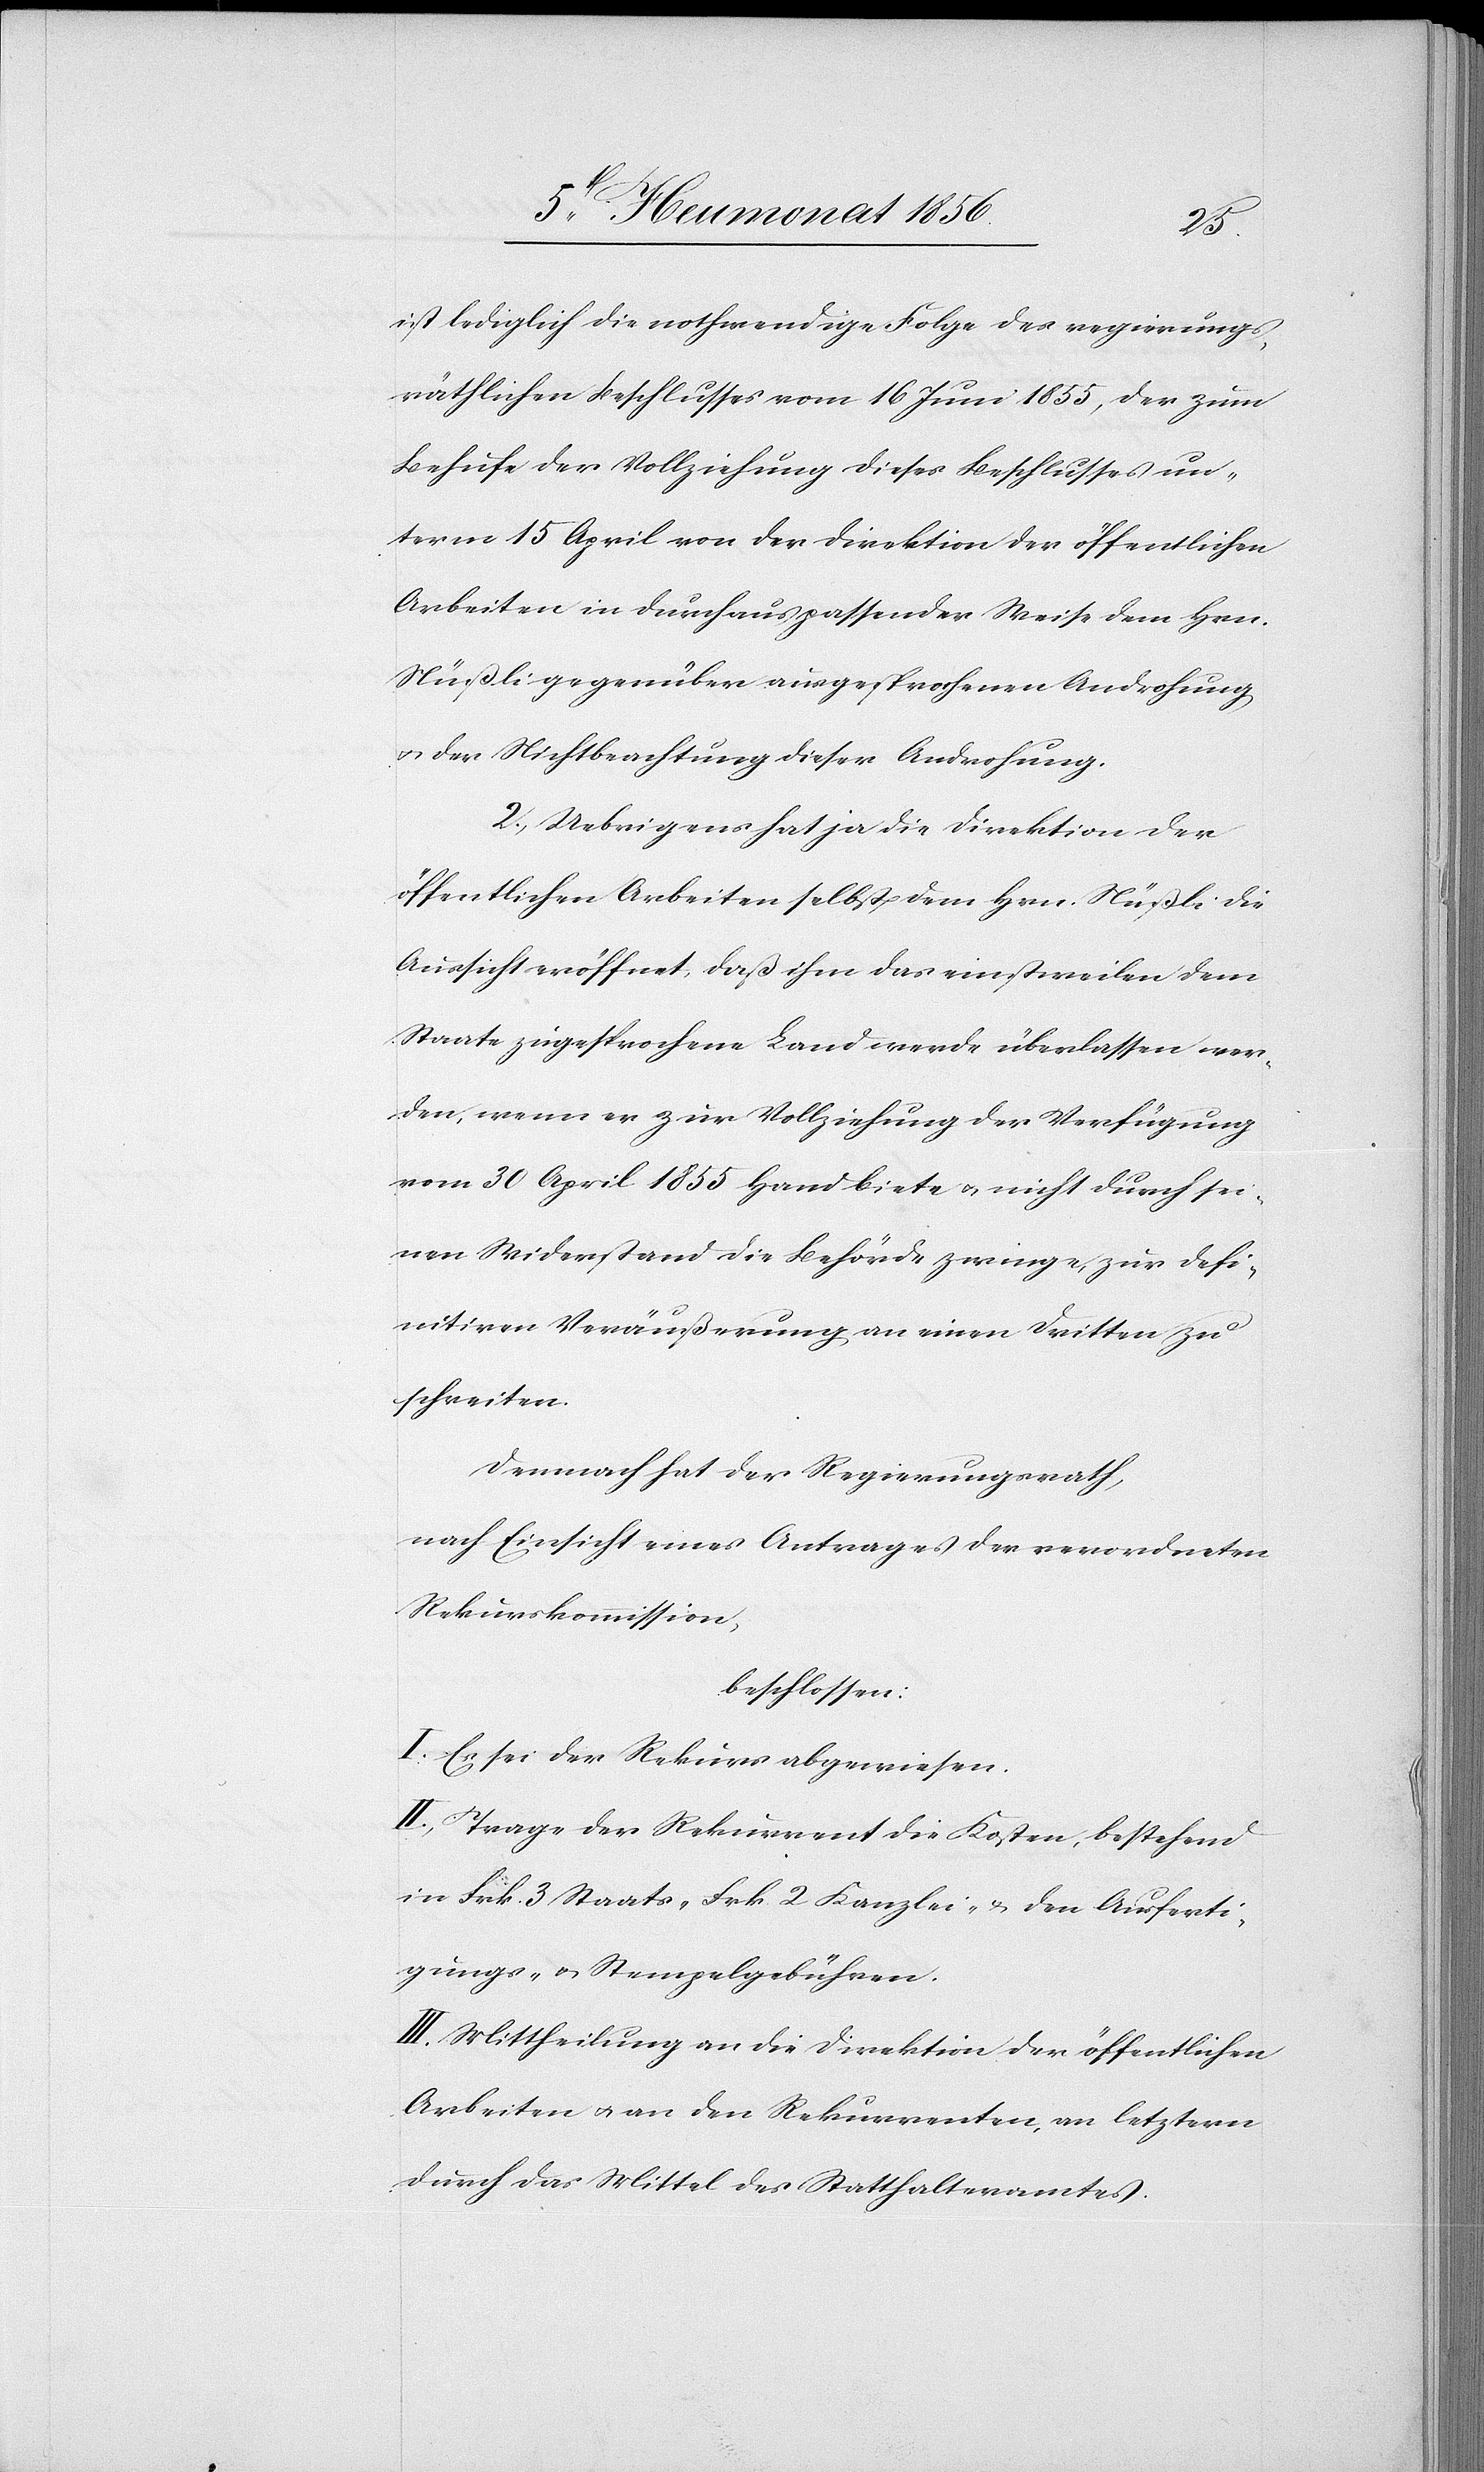
ist lediglich die nothwendige Folge des regierungs¬
räthlichen Beschlusses vom 16 Juni 1855, der zum
Behufe der Vollziehung dieses Beschlusses un¬
term 15 April von der Direktion der öffentlichen
Arbeiten in durchaus passender Weise dem Hrn.
Nüßli gegenüber ausgesprochenen Androhung
u. der Nichtbeachtung dieser Androhung.
2. Uebrigens hat ja die Direktion der
öffentlichen Arbeiten selbst dem Hrn. Nüßli die
Aussicht eröffnet, daß ihm das einstweilen dem
Staate zugesprochene Land werde überlassen wer¬
den, wenn er zur Vollziehung der Verfügung
vom 30 April 1855 Hand biete u. nicht durch sei¬
nen Widerstand die Behörde zwinge, zur defi¬
nitiven Veräußerung an einen Dritten zu
schreiten.
Demnach hat der Regierungsrath,
nach Einsicht eines Antrages der verordneten
Rekurskommission,
beschlossen:
I. Es sei der Rekurs abgewiesen.
II. Trage der Rekurrent die Kosten, bestehend
in Frk. 3 Staats- [,] Frk. 2 Kanzlei- & den Ausferti¬
gungs- u. Stempelgebühren.
III. Mittheilung an die Direktion der öffentlichen
Arbeiten u. an den Rekurrenten, an letztern
durch das Mittel des Statthalteramtes.